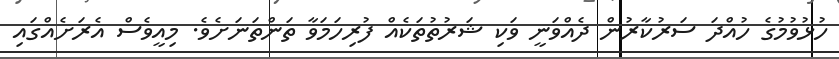
ހުޅުވުމުގެ ހުއްދަ ސަރުކާރުން ދެއްވަނީ ވަކި ޝަރުތުތަކެއް ފުރިހަމަވާ ތަންތަނަށެވެ. މިއީވެސް އެރަށެއްގައި